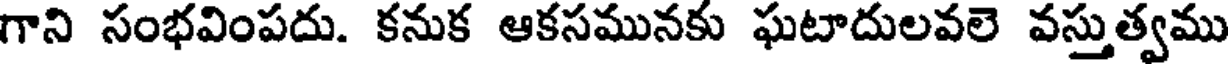
గాని సంభవింపదు. కనుక ఆకసమునకు ఘటాదులవలె వస్తుత్వము